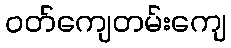
ဝတ်ကျေတမ်းကျေ